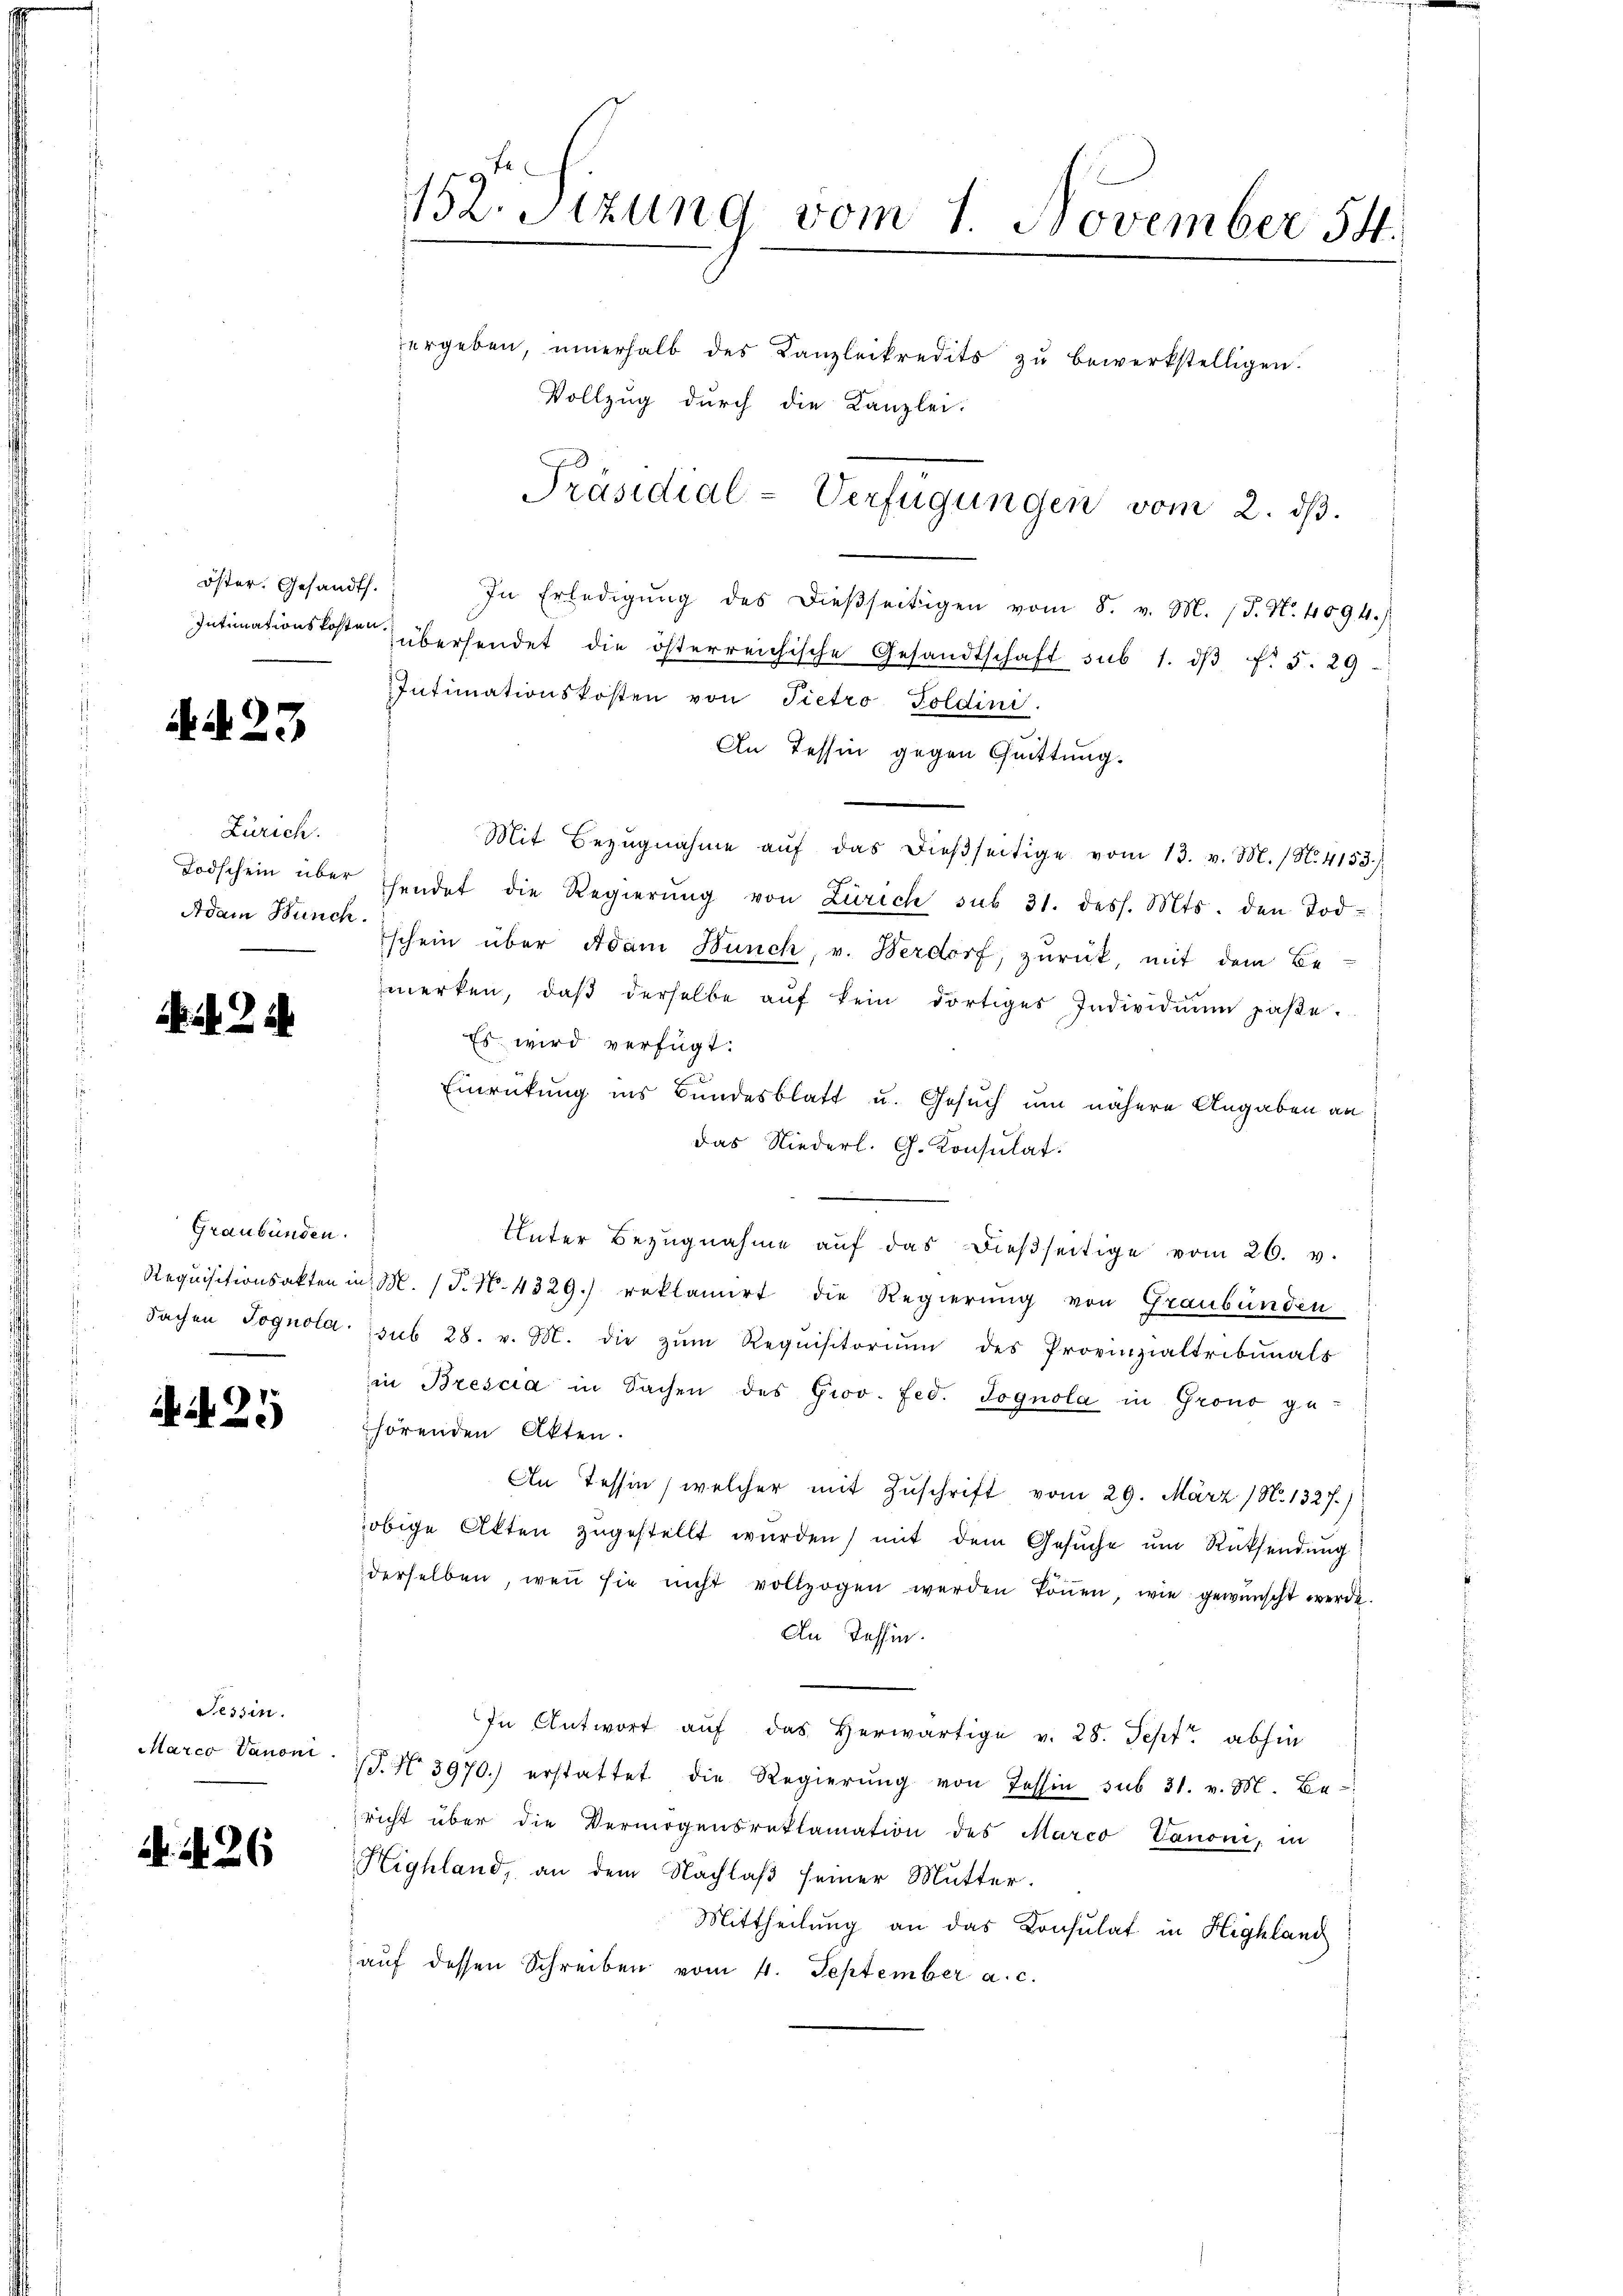
öster, Gesandt.

4423

Zürich.
Adam Bunch.

2

Graubünden.

25

N. N. 26

Tessin.
Marco Vanoni

152. Stzung vom 1. November 54.
ergeben, innerhalb des Kanzleikredits zu bewerkstelligen.
Vollzug durch die Kanzlei.

In Erledigŭng des dießseitigen vom 8. v. M. (T. N. 4094.)
Intimationskosten überhandet die österreichische Gesandtschaft sub 1. dβ f. 5. 29
Intimationskosten von Pietro Poldini
An Tessin gegen Chuittung.
Mit Bezŭgnahme aŭf das dieβseitige vom 13. v. M. / N. 4153)
Todschein über hendet die Regierŭng von Zürich sub 31. dess. Mts. den Tod-
Eschein über Adam Bünch, v. Berdorf, zurück, mit dem Be
merken, daβ derselbe aŭf kein dortiges Individuum paβe.
Es wird verfügt:
Einrückung ins Bundesblatt u. Gesuch um nähere Angaben an
das Niederl. G. Konsulat.
Unter Bezugnahme aŭf das dießseitige vom 26. v.
Requisitionsakten in M. (T. N. 4329.) reklamirt die Regierung von Graubünden
dachen Jognola sub 28. v. M. die zŭm Requisitoriŭm des Provinzialtribunals
in Brescia in Sachen des Grov. Fed. Jognola in Grono ge-
hörenden Akten.
An Tessin, welcher mit Zuschrift vom 29. März (N. 1327)
obige Akten zugestellt wurden, mit dem Gesŭche ŭm Rücksendung
derselben, wenn sie nicht vollzogen werden köṅen wie gewünscht werde.
An Tessin.
In Antwort auf das herwärtige v. 28. Sept. abhin
S. Nr. 3970.) erstattet die Regierŭng von Tessin sub 31. v. M. Be-
richt über die Vermögensreklamation des Marco Canoni, in
Highland, an dem Nachlaß seiner Mutter.
Mittheilung an das Konsulat in Highland
aŭf dessen Schreiben vom 4. September a. c.

Präsidial-Verfügungen vom 2. dβ.